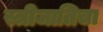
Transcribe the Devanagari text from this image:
स्त्रीजातिचा